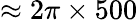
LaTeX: \approx 2\pi\times 500